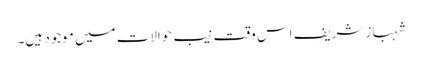
شہباز شریف اس وقت نیب حوالات میں موجود ہیں۔